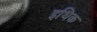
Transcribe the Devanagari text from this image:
इधिक